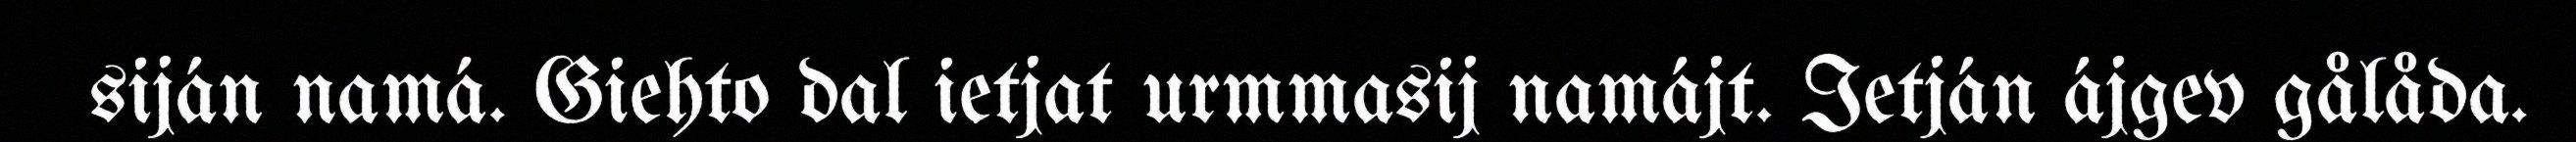
siján namá. Giehto dal ietjat urmmasij namájt. Ietján ájgev gålåda.